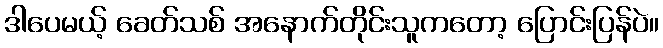
ဒါပေမယ့် ခေတ်သစ် အနောက်တိုင်းသူကတော့ ပြောင်းပြန်ပဲ။